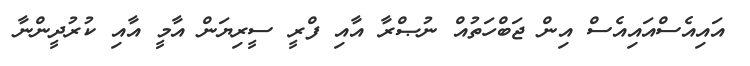
އައިއެސްއައިއެސް އިން ޖަބްހަތުއް ނުޞްރާ އާއި ފްރީ ސީރިޔަން އާމީ އާއި ކުރުދީންނާ